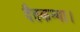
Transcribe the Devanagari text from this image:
दैतकन्या।